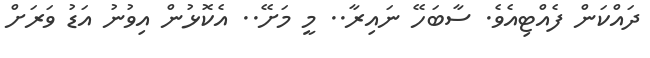
ދައްކަން ފެއްޓިއެވެ. ސާބަހޭ ނައިރާ.. މީ މަށޭ.. އެކޮޅުން އިވުނު އަޑު ވަރަށް